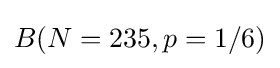
B(N=235,p=1/6)